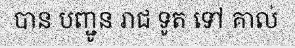
បាន បញ្ជូន រាជ ទូត ទៅ គាល់